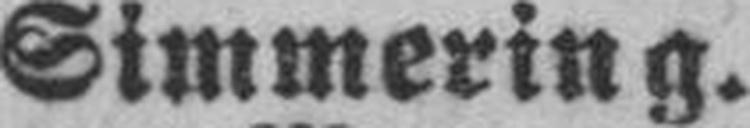
Simmering.